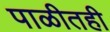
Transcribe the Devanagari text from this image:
पाळीतही